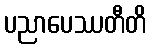
ပညာပေဿတီတိ